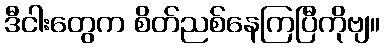
ဒီငါးတွေက စိတ်ညစ်နေကြပြီကိုဗျ။